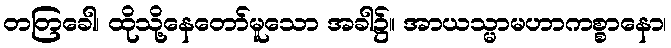
တတြခေါ၊ ထိုသို့နေတော်မူသော အခါ၌။ အာယသ္မာမဟာကစ္စာနော၊